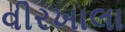
વીરખાલા